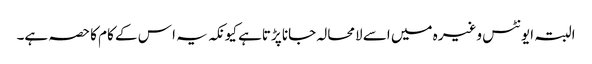
البتہ ایونٹس وغیرہ میں اسے لامحالہ جانا پڑتاہے کیونکہ یہ ا س کے کام کا حصہ ہے۔